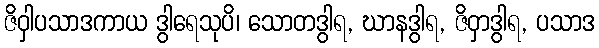
ဇိဝှါပသာဒကာယ ဒွါရေသုပိ၊ သောတဒွါရ, ဃာနဒွါရ, ဇိဝှာဒွါရ, ပသာဒ